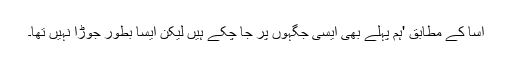
اسا کے مطابق 'ہم پہلے بھی ایسی جگہوں پر جا چکے ہیں لیکن ایسا بطور جوڑا نہیں تھا۔